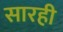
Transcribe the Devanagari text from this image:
सारही